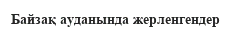
Байзақ ауданында жерленгендер